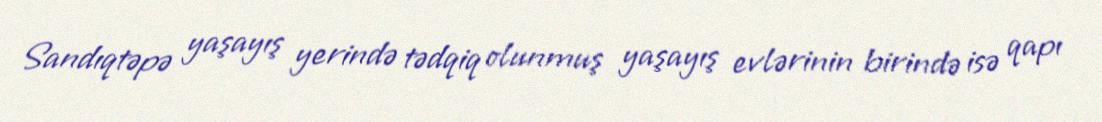
Sandıqtəpə yaşayış yerində tədqiq olunmuş yaşayış evlərinin birində isə qapı